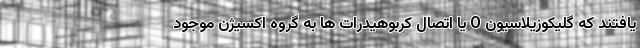
یافتند که گلیکوزیلاسیون O یا اتصال کربوهیدرات ها به گروه اکسیژن موجود